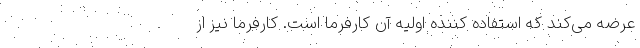
عرضه می‌کند که استفاده کننده اولیه آن کارفرما است. کارفرما نیز از